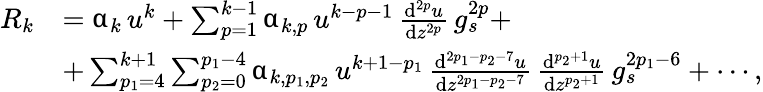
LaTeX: \begin{array}{rl}{R_{k}}&{=\upalpha_{k}\, u^{k}+\sum_{p=1}^{k-1}\upalpha_{k,p}\, u^{k-p-1}\, \frac{{\mathrm{d}}^{2p}u}{{\mathrm{d}}z^{2p}}\, g_{s}^{2p}+}\\ &{+\sum_{p_{1}=4}^{k+1}\sum_{p_{2}=0}^{p_{1}-4}\upalpha_{k,p_{1},p_{2}}\, u^{k+1-p_{1}}\, \frac{{\mathrm{d}}^{2p_{1}-p_{2}-7}u}{{\mathrm{d}}z^{2p_{1}-p_{2}-7}}\, \frac{{\mathrm{d}}^{p_{2}+1}u}{{\mathrm{d}}z^{p_{2}+1}}\, g_{s}^{2p_{1}-6}+\cdots,}\end{array}